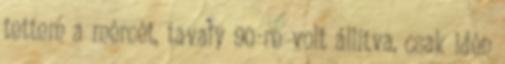
tettem a mércét, tavaly 90-re volt állítva, csak idén